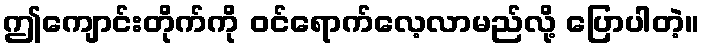
ဤကျောင်းတိုက်ကို ဝင်ရောက်လေ့လာမည်လို့ ပြောပါတဲ့။